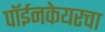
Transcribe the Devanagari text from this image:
पॉईनकेयरचा